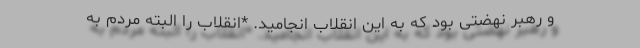
و رهبر نهضتی بود که به این انقلاب انجامید. *انقلاب را البته مردم به